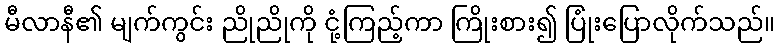
မီလာနီ၏ မျက်ကွင်း ညိုညိုကို ငုံ့ကြည့်ကာ ကြိုးစား၍ ပြုံးပြောလိုက်သည်။